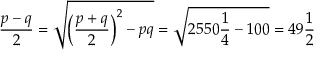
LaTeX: { \frac { p - q } { 2 } } = { \sqrt { \left( { \frac { p + q } { 2 } } \right) ^ { 2 } - p q } } = { \sqrt { 2 5 5 0 { \frac { 1 } { 4 } } - 1 0 0 } } = 4 9 { \frac { 1 } { 2 } }